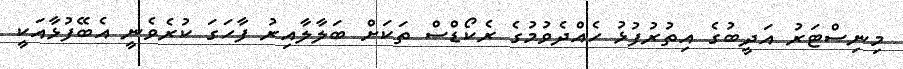
މިނިސްޓަރު އަދީބުގެ އިތުރުފުޅު ހެއްދެވުމުގެ ރެކޯޑްސް ތަކަށް ބަލާލާއިރު ފާހަގަ ކުރެވެނީ އެބޭފުޅާއަކީ